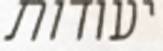
יעודות